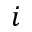
i